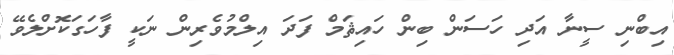
އިބްނި ސީނާ އަދި ހަސަން ބިން ހައިޘަމް ފަދަ އިލްމުވެރިން ނަކީ ފާހަގަކޮށްލެވޭ